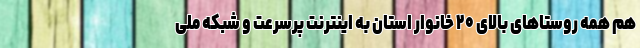
هم همه روستاهای بالای ۲۰ خانوار استان به اینترنت پرسرعت و شبکه ملی